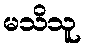
မသိသူ